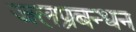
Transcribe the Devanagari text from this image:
जलप्रबन्धन